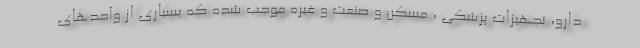
دارو، تجهیزات پزشکی ، مسکن و صنعت و غیره موجب شده که بسیاری از واحدهای